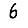
Digit: 6